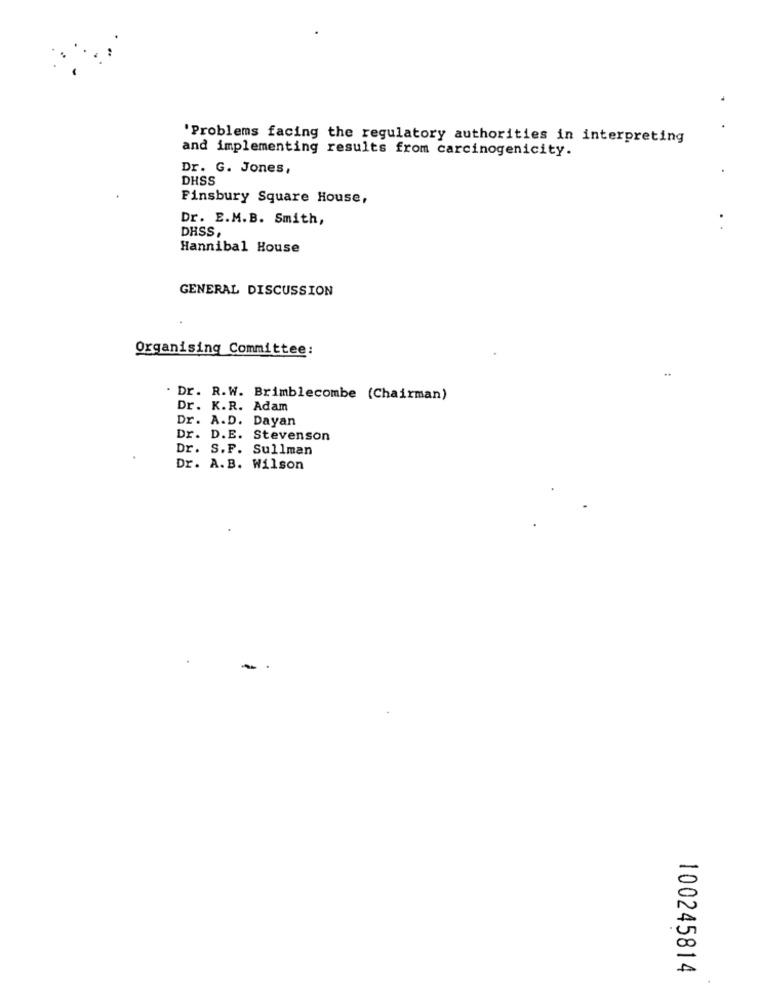
'Problems facing the regulatory authorities in interpreting
and implementing results from carcinogenicity.
Dr. G. Jones,
DHSS
Finsbury Square House,
Dr. E.M.B. Smith,
DHSS,
Hannibal House
GENERAL DISCUSSION
Organising Committee:
. Dr. R.W. Brimblecombe (Chairman)
Dr. K.R. Adam
Dr. A.D. Dayan
Dr. D.E. Stevenson
Dr. S.F. Sullman
Dr. A.B. Wilson
100245814